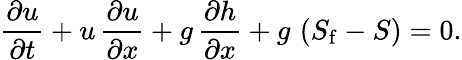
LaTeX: {\frac{\partial u}{\partial t}}+u\, {\frac{\partial u}{\partial x}}+g\, {\frac{\partial h}{\partial x}}+g\, \left(S_{\mathrm{f}}-S\right)=0.